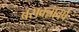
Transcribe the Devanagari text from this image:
बसवन्नावर्ष